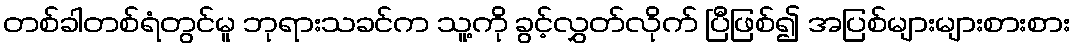
တစ်ခါတစ်ရံတွင်မူ ဘုရားသခင်က သူ့ကို ခွင့်လွှတ်လိုက် ပြီဖြစ်၍ အပြစ်များများစားစား